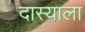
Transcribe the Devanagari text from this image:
दास्याला